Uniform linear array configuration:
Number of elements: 12
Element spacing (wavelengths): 0.5
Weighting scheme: hann
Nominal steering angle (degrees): -15
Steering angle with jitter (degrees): -13.606
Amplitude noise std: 0.05
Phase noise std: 0.05

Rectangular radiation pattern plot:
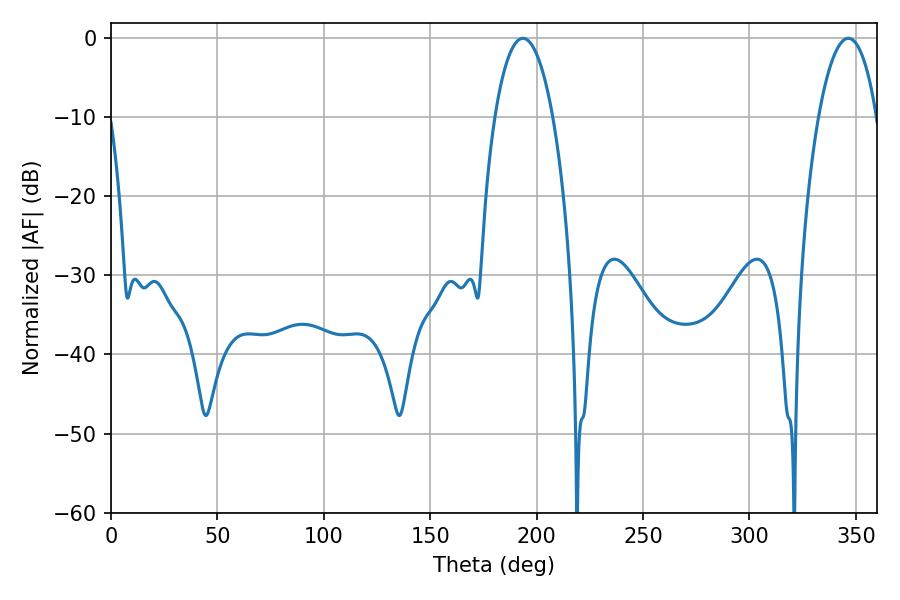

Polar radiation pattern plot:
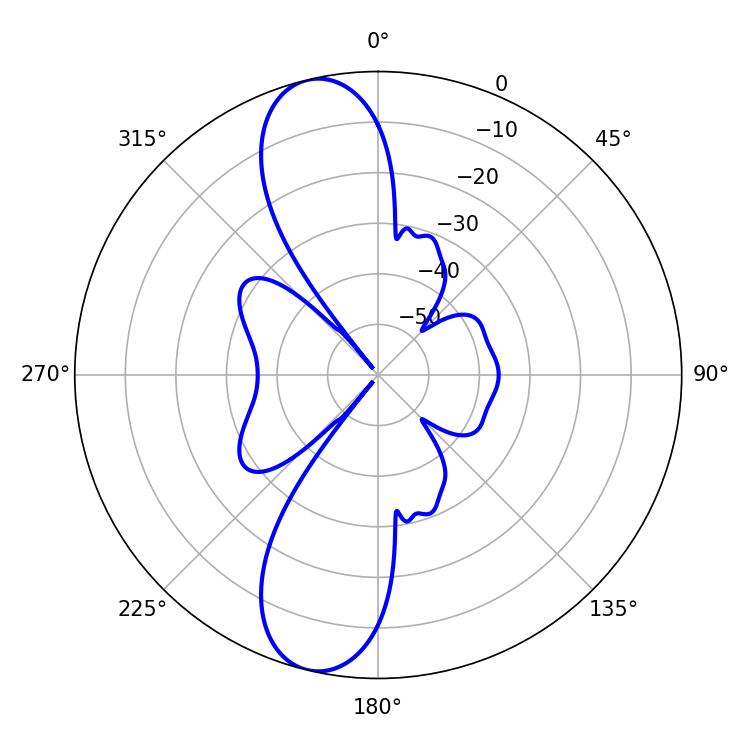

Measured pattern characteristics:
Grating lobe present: FALSE
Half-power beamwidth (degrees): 15.12
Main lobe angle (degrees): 193.5